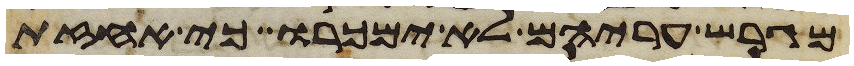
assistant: מגרש עריהם לא ימכרו כי אחזת